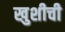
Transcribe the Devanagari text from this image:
खुशीची